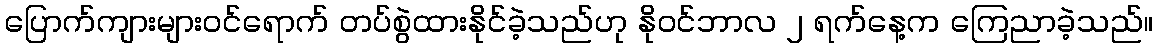
ပြောက်ကျားများဝင်ရောက် တပ်စွဲထားနိုင်ခဲ့သည်ဟု နိုဝင်ဘာလ ၂ ရက်နေ့က ကြေညာခဲ့သည်။